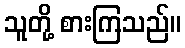
သူတို့ စားကြသည်။